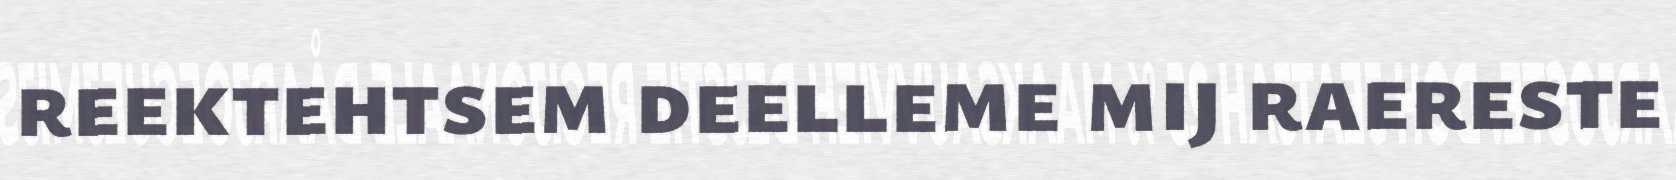
reektehtsem deelleme mij raereste